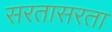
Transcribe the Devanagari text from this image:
सरतासरता